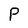
Character: P